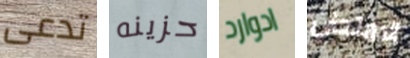
تدعى حزينه ادوارد الامتحان